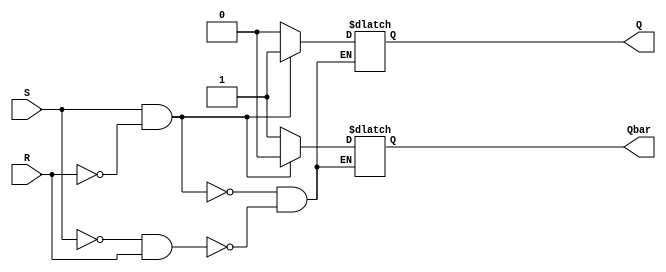
module sr_latch (
    input S,
    input R,
    output reg Q,
    output reg Qbar
);

always @ (S or R)
    if (S && !R) begin
        Q <= 1;
        Qbar <= 0;
    end else if (!S && R) begin
        Q <= 0;
        Qbar <= 1;
    end

endmodule